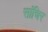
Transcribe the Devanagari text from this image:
सांचिर